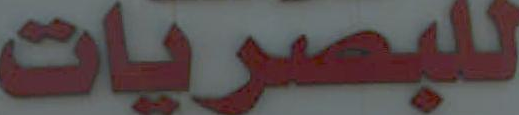
للبصريات